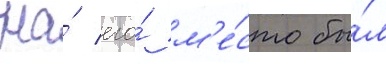
На́ его́ м'е́сто бы́л